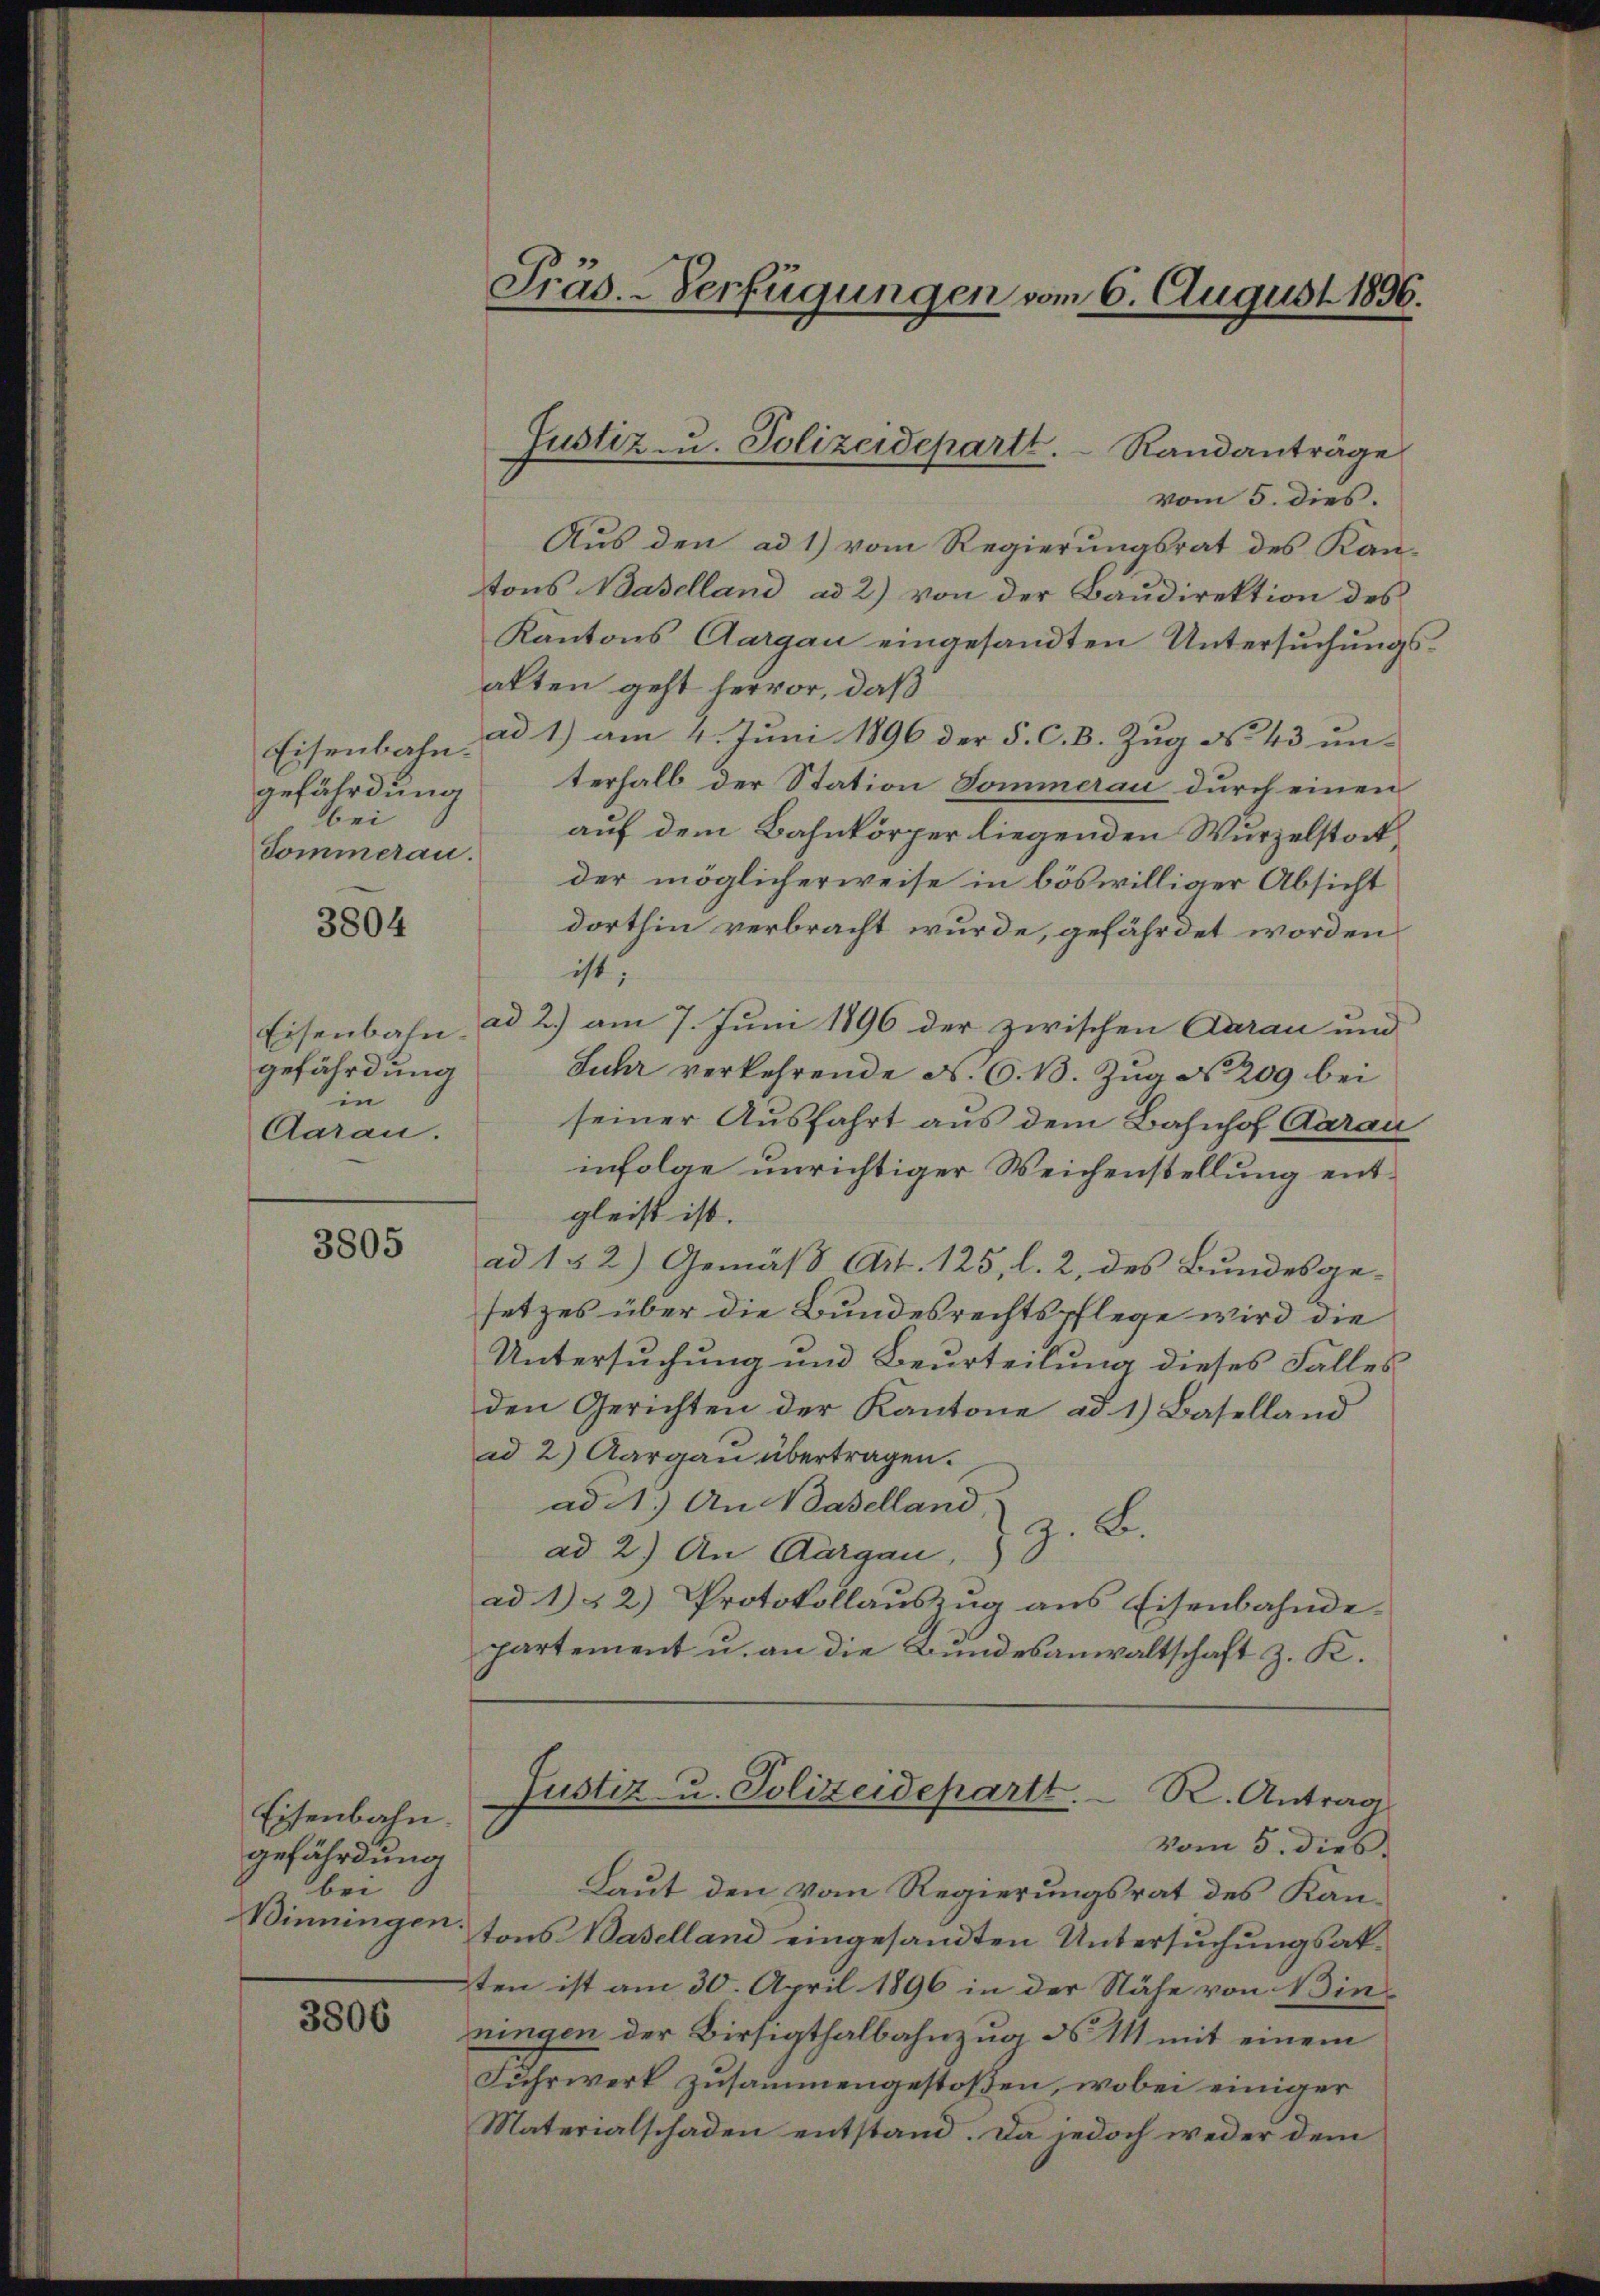
Eisenbahn.
gefährdung
bei
Tommeran.

3804

Eisenbahn.
gefährdung
in
Aarau.

3805

Eisenbahn.
gefährdung
bei
Binningen.

3806

Präs. - Verfügungen vom 6. August 1896.

Randanträge
vom 5. dies.
Aus den ad 1) vom Regierungsrat des Kan-
tons Naselland ad 2) von der Baudirektion des
Kantons Aargau eingesandten Untersuchungsalten geht hervor, daß
ad 1) am 4. Juni 1896 der §. C. B. Zug No 43 unterhalb der Station Sommerau durch einen
auf dem Bahnkörper liegenden Wurzelstatder möglicherweise in böswilliger Absicht
dorthin verbracht wurde, gefährdet worden
ist;
ad 2.) am 7. Juni 1896 der zwischen Aarau und
Juhr verkehrende A. G. B. Zug No. 209 bei
seiner Ausfahrt aus dem Bahnhof Aarau
infolge unrichtiger Weichenstellung entgleist ist.
ad 1 § 2) Gemäß Art. 125, l. 2, des Bundesgesetzes über die Bundesrechtspflege wird die
Untersuchung und Beurteilung dieses Falles
den Gerichten der Kantone ad 1.) Baselland
ad 2) Aargau übertragen.
ad 1.) An Baselland,
z. B.
ad 2.) An Aargau,
ad 1) 2) Protokollauszug aus Eisenbahndepartement u. an die Bundesanwaltschaft z. K.

Justiz u. Polizeidepartt.

Justiz- u. Polizeidepartt. R. Antrag
vom 5. dies

Laut den vom Regierungsrat des Kantons Baselland eingesandten Untersuchungsakten ist am 30. April 1896 in der Nähe von Binningen der Birsigthalbahnzug ds II mit einem
Fuhrwerk zusammengestoßen, wobei einiger
Materialschaden entstand. Da jedoch weder dem